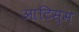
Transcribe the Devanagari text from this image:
आटिस्म